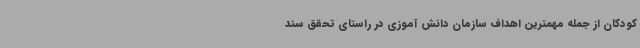
کودکان از جمله مهمترین اهداف سازمان دانش آموزی در راستای تحقق سند